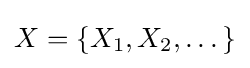
X=\{X_{1},X_{2},\dots \}